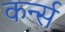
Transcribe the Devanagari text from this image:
कर्न्‍स